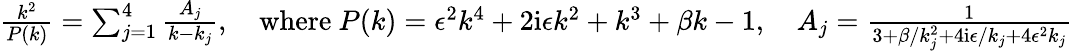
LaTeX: \begin{array}{r}{\frac{k^{2}}{P(k)}=\sum_{j=1}^{4}\frac{A_{j}}{k-k_{j}},\quad\mathrm{where~}P(k)=\epsilon^{2}k^{4}+2\mathrm{i}\epsilon k^{2}+k^{3}+\beta k-1,\quad A_{j}=\frac{1}{3+\beta/k_{j}^{2}+4\mathrm{i}\epsilon/k_{j}+4\epsilon^{2}k_{j}}}\end{array}